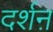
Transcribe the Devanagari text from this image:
दर्शऩ